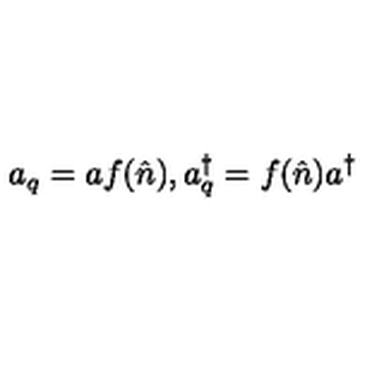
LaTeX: a _ { q } = a f ( \hat { n } ) , a _ { q } ^ { \dag } = f ( \hat { n } ) a ^ { \dag }